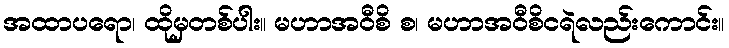
အထာပရော၊ ထိုမှတစ်ပါး။ မဟာအဝီစိ စ၊ မဟာအဝီစိငရဲလည်းကောင်း။